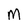
Character: M